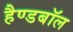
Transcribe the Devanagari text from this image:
हैण्डबॉल